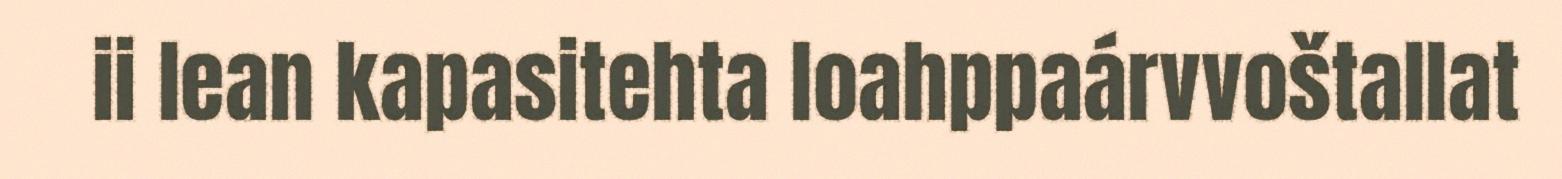
ii lean kapasitehta loahppaárvvoštallat